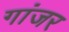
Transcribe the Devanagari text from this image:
गांजर